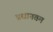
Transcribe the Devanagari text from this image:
प्रधानतम